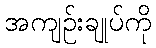
အကျဉ်းချုပ်ကို